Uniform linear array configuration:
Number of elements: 48
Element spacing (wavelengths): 0.25
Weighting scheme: blackman
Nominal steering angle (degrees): -30
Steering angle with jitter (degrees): -29.567
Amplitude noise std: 0.05
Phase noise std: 0.05

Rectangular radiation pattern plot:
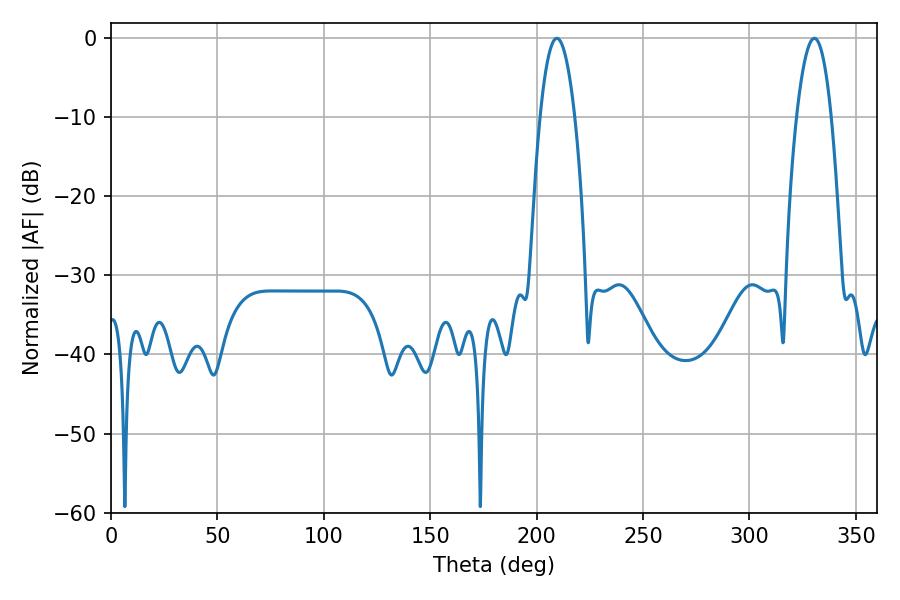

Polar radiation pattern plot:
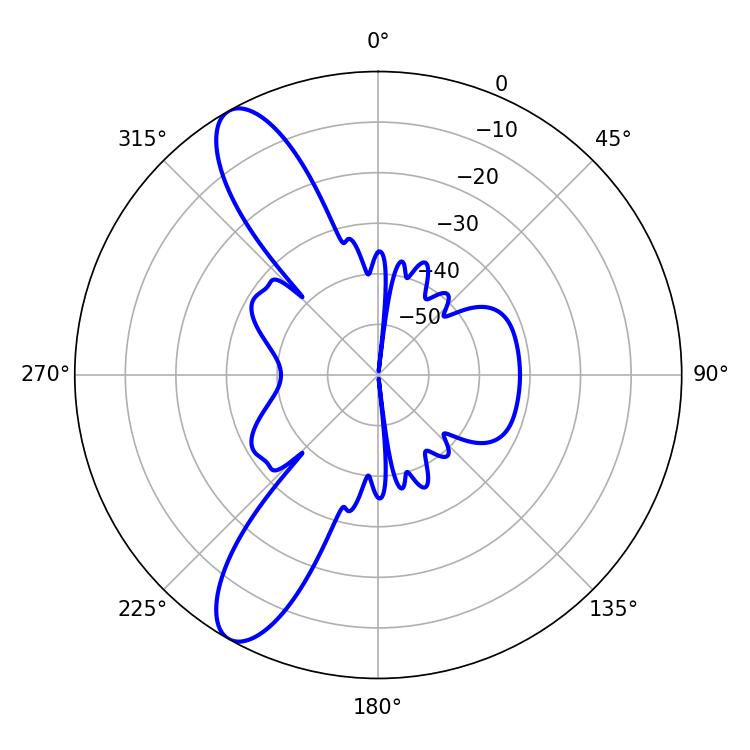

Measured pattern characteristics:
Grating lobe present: FALSE
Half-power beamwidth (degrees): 9
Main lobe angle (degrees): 209.52